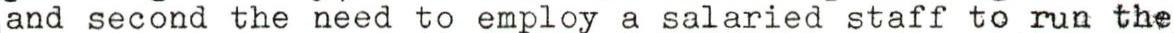
and second the need to employ a salaried staff to run the